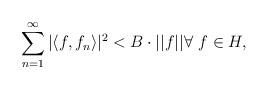
LaTeX: \begin{align*}\sum_{n=1}^{\infty}|\langle f, f_n\rangle|^2< B\cdot ||f||\forall\,\, f\in H,\end{align*}